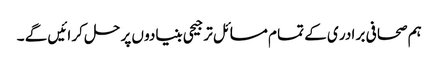
ہم صحا فی بر ادر ی کے تما م مسا ئل تر جیحی بنیادو ں پر حل کر ائیں گے ۔